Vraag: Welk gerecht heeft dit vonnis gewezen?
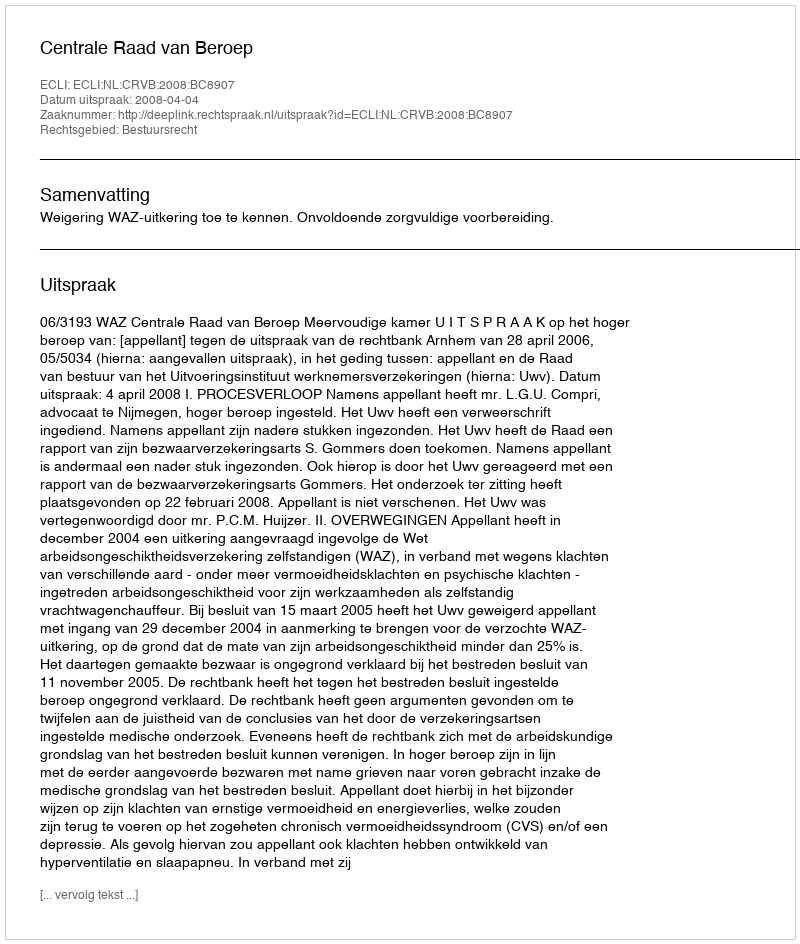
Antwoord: Centrale Raad van Beroep